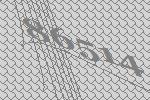
86514